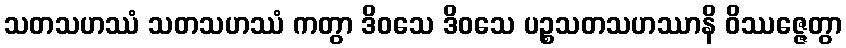
သတသဟဿံ သတသဟဿံ ကတွာ ဒိဝသေ ဒိဝသေ ပဉ္စသတသဟဿာနိ ဝိဿဇ္ဇေတွာ